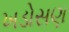
ખડોસણ